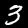
Label: 3